Medical and sanitary report of the native army of Bengal for the year
Year: 1877
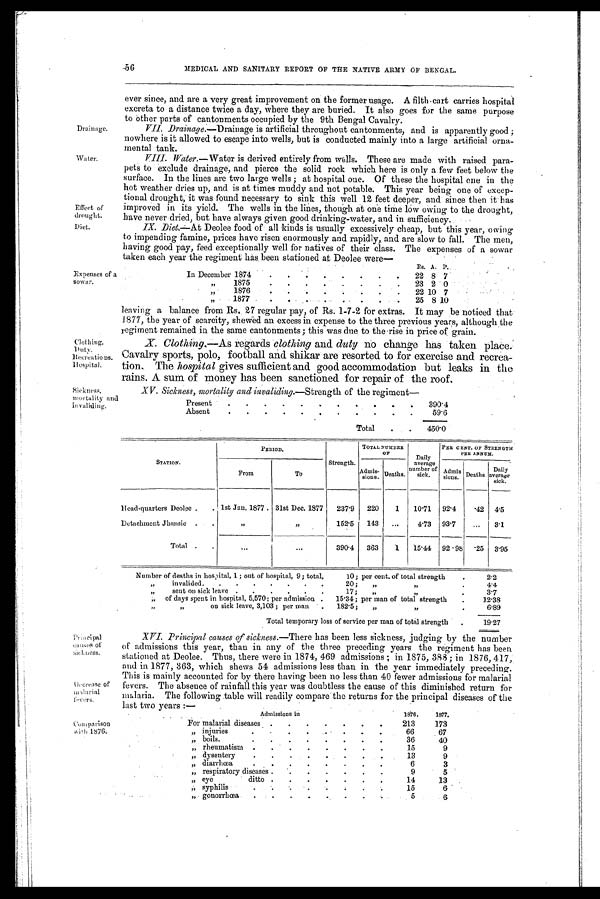
XV. Sickness, mortality and invaliding.— Strength of the regiment
Present
.
.
. .
.
.
.
.
.
.
390. 4
Absent
.
.
.
.
.
.
. .
.
.
.
59.6
Total
.
. 450.0
Sickness,
mortality and
invaliding.
56
MEDICAL AND SANITARY REPORT OF THE NATIVE ARMY OF BENGAL
Drainage.
Water.
Effect of
drought.
Diet.
Expenses of a
sower.
Clothing.
Duty.
Recreations. Hos pital
ever since, and are a very great improvement on the former usage. A filth-cart carries hospital
excreta to a distance twice a day, where they are buried. It also goes for the same purpose
to other parts of cantonments occupied by the 9th Bengal Cavalry.
VII. Drainage.—Drainage is artificial throughout cantonments, and is apparently good ;
nowhere is it allowed to escape into wells, but is conducted mainly into a large artificial orna-
mental tank.
VIII. Water.—Water is derived entirely from wells. These are made with raised para-
pets to exclude drainage, and pierce the solid rock which here is only a few feet below the
surface. In the lines are two large wells ; at hospital one. Of these the hospital one in the
hot weather dries up, and is at times muddy and not potable. This year being one of excep-
tional drought, it was found necessary to sink this well 12 feet deeper, and since then it has
improved in its yield. The wells in the lines, though at one time low owing to the drought,
have never dried, but have always given good drinking-water, and in sufficiency.
IX. Diet.—At Deolee food of all kinds is usually excessively cheap, but this year, owing
to impending famine, prices have risen enormously and rapidly, and are slow to fall. The men,
having good pay, feed exceptionally well for natives of their class. The expenses of a sower
taken each year the regiment has been stationed at Deolee were
Rs. A. P.
In December 1874
. .
.
.
.
.
.
.
22 8 7
" 1875
.
.
.
.
.
.
.
. 23 2 0
„
1876
.
.
.
.
.
. .
. 22 10 7
„
1877
.
.
.
.
.
.
.
. 25 8 10
leaving a balance from Rs. 27 regular pay, of Rs. 1-7-2 for extras. It may be noticed that
1877, the year of scarcity, shewed an excess in expense to the three previous years, although the
regiment remained in the same cantonments; this was due to the rise in price of grain.
X. Clothing,— As regards clothing and duty no change has taken place.
Cavalry sports, polo, football and shikar are resorted to for exercise and recrea-
tion. The hospital gives sufficient and good accommodation but leaks in the
rains. A sum of money has been sanctioned for repair of the roof.
Principal
causes of
Decrease o f ma l a r i a l f e v e r s .
Comparison with 1876.
STATION.
PERIOD.
Strength.
TOTAL NUMBER
O F
Daily
average
number of
sick.
PER CENT. OF STRENGTH
PER ANNUM.
From
To
Admis- s i o n s . Deaths.
Admis-
sions. Deaths.
Daily
average
sick.
Head-quarters Deolee
1st Jan. 1877 . 31st Dec. 1877
237.9
220
1
10.71
92.4
.42
4.5
Detachment Jhansie
"
"
152.5
143
...
4.73
93.7
...
3.1
Total
...
. . .
3 9 0 . 4 363
1 15.44 92.98 .25 3.95
Number of deaths in hospital, 1 ; out of hospital, 9; total,
10; per cent, of total strength
.
2.2
"
invalided.
.
.
.
.
.
.
.
20 ;
„
,,
4.4
„
sent on sick leave .
.
.
.
.
.
17;
"
,,
3.7
"
of days spent in hospital, 5,570; per admission .
15.34; per man of total strength
.
12.38
"
on sick leave, 3,103 ; per man
.
182.5 ;
„
"
6.89
Total temporary loss of service per man of total strength
.
19.27
.
XVI. Principal causes of sickness.—There has been less sickness, judging by the number
of admissions this year, than in any of the three preceding years the regiment has been
stationed at Deolee. Thus, there were in 1874, 469 admissions ; in 1875, 388; in 1876, 417,
and in 1877, 363, which shews 54 admissions less than in the year immediately preceding.
This is mainly accounted for by there having been no less than 40 fewer admissions for malarial
fevers. The absence of rainfall this year was doubtless the cause of this diminished return for
malaria. The following table will readily compare the returns for the principal diseases of the
last two years —
Admissions in
1876.
1877.
For malarial diseases .
.
.
.
.
.
.
213
173
„ injuries
.
.
.
.
.
.
.
66
67
" boils.
.
.
.
.
.
.
.
36
40
„ rheumatis
.
.
.
.
.
.
.
1 5
9
„ dysentery
.
.
.
.
.
.
.
.
13
9
„ diarrhœa
.
.
.
.
.
.
.
6
3
„ respiratory diseases .
.
.
.
.
.
.
9
5
„ eye
ditto .
.
.
.
.
.
.
14
13
„ syphilis
. .
.
.
. . .
15
6
„ gonorrhœa
.
. .
.
.
. .
.
5 6